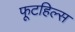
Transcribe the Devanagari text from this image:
फूटहिल्स